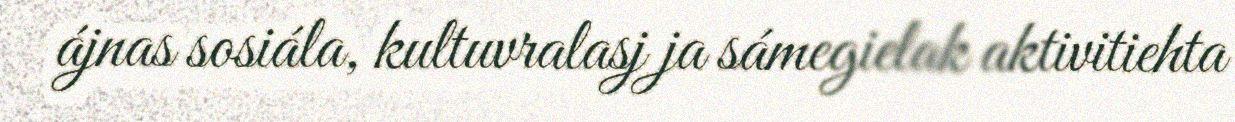
ájnas sosiála, kultuvralasj ja sámegielak aktivitiehta